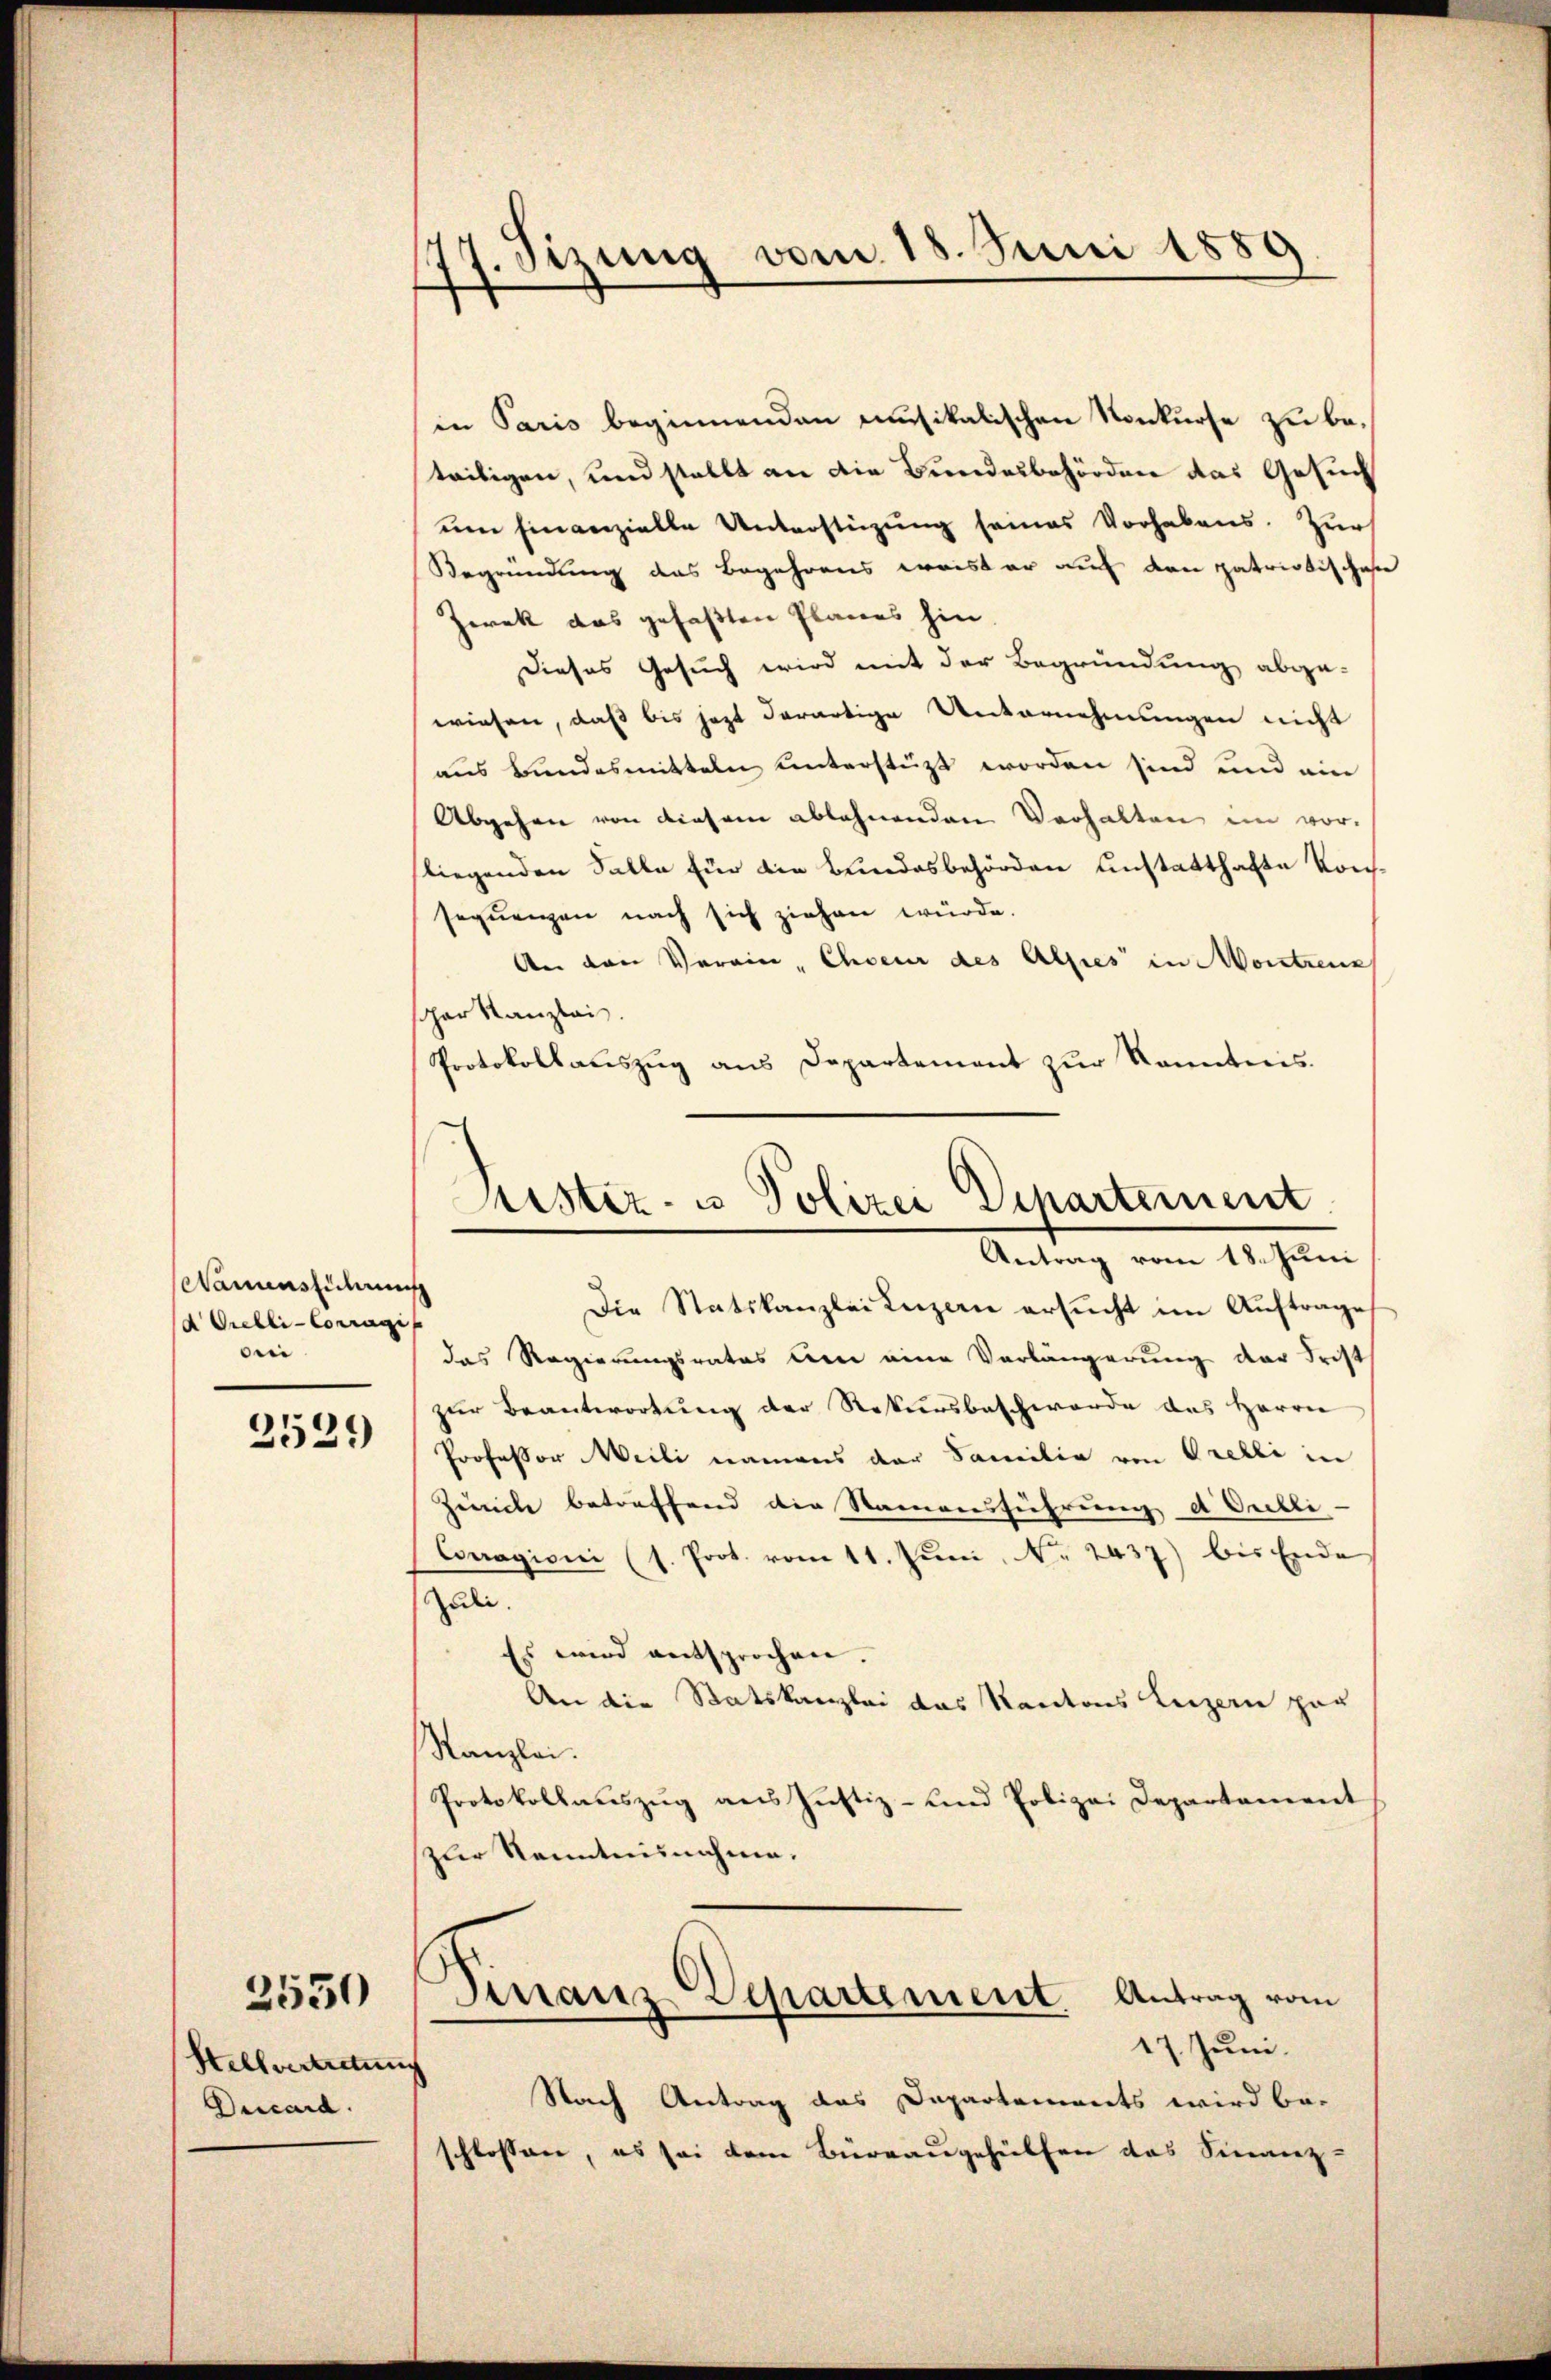
Wauinsführung
d Giebli-Corragi
bei

2529

Hellvertretung
Ducard.

2550

17. Jirung vom 18. Juni 1889
)

in Paris beginnenden musikalischen Konkurse zu beteitigen, und stellt an die Bundesbehörden das Gesuch
um finanzielle Unterstüzung seines Vorhabens. Zur
Begründung das Begehrens weister auf den patriotisches
Zerek das gefaßten Planes hin.
Dieses Gesuch wird mit der Begründung abge-
wiesen, daß bis jezt derartige Unternehmungen nicht
aus Bundesmitteln unterstützt worden sind und ein
Abgehen von diesem ablehnenden Verhalten im vorfliegenden Falle für die Bundesbehörden unstatthafte Konsseqŭenzen nach sich ziehen würde.
An den Verein, Choeur des Alpes in Montrenz
er Kanzlei.
Protokollauszug aus Departement zur Kenntnis.

Justiz- u Polizei Departement
Antrag vom 18. Juni
Die Statskanzlei Luzern ersucht im Auftrage

s

das Regierungsrates der eine Verlängerung der Frist
zur Beantwortung der Rekursbeschwerde das Herrn
Professor Meili namens der Familie von Orelli in
Zeiche betreffend die Stainausführung d. Orelli-
Couragioni (s. Prot. vom 11. Jŭni, No. 2437) bis Ende
Juli.
Es wird entsprochen.
An die Statskanzlei das Kantons Luzern zur
Kanzlei.
Protokollauszug aus Justiz- und Polizei Departement
zur Kenntnisnahme.
Finanz-Departement. Antrag vom
17. Juni.
Nach Antrag das Dapartements wird be-
schlossen, es sei dem Büreaugehülfen das Finanz-